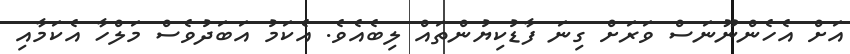
އަށް އެހެންނޫނަސް ވަރަށް ގިނަ ފާޑުކިޔުންތައް ލިބެއެވެ. އެކަމު އަބަދުވެސް މަލްހާ އެކަމާއި